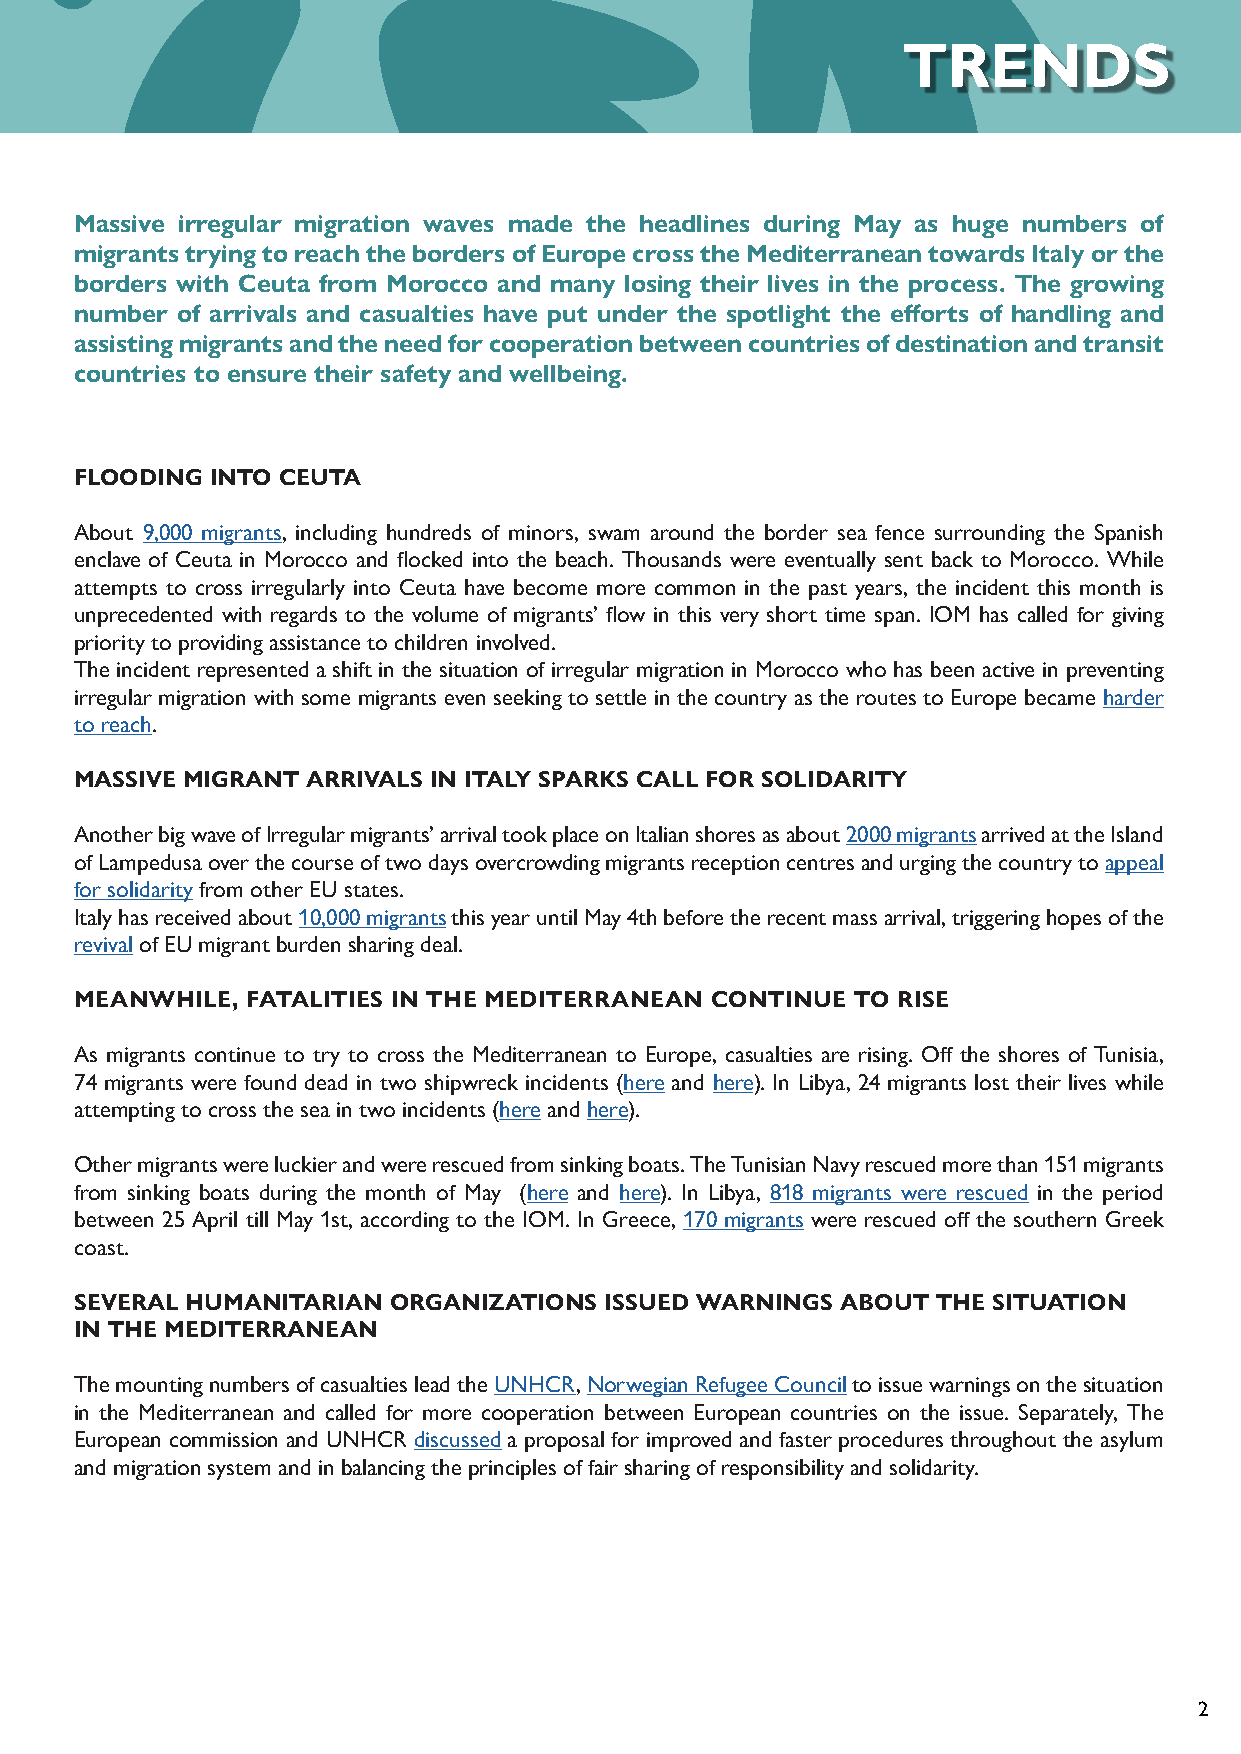
TRENDS
 Massive irregular migration waves made the headlines during May as huge numbers of
 migrants trying to reach the borders of Europe cross the Mediterranean towards Italy or the
 borders with Ceuta from Morocco and many losing their lives in the process. The growing
 number of arrivals and casualties have put under the spotlight the efforts of handling and
 assisting migrants and the need for cooperation between countries of destination and transit
 countries to ensure their safety and wellbeing.
 FLOODING INTO CEUTA
 About 9,000 migrants, including hundreds of minors, swam around the border sea fence surrounding the Spanish
 enclave of Ceuta in Morocco and flocked into the beach. Thousands were eventually sent back to Morocco. While
 attempts to cross irregularly into Ceuta have become more common in the past years, the incident this month is
 unprecedented with regards to the volume of migrants’ flow in this very short time span. IOM has called for giving
 priority to providing assistance to children involved.
 The incident represented a shift in the situation of irregular migration in Morocco who has been active in preventing
 irregular migration with some migrants even seeking to settle in the country as the routes to Europe became harder
 to reach.
 MASSIVE MIGRANT ARRIVALS IN ITALY SPARKS CALL FOR SOLIDARITY
 Another big wave of Irregular migrants’ arrival took place on Italian shores as about 2000 migrants arrived at the Island
 of Lampedusa over the course of two days overcrowding migrants reception centres and urging the country to appeal
 for solidarity from other EU states.
 Italy has received about 10,000 migrants this year until May 4th before the recent mass arrival, triggering hopes of the
 revival of EU migrant burden sharing deal.
 MEANWHILE, FATALITIES IN THE MEDITERRANEAN CONTINUE TO RISE
 As migrants continue to try to cross the Mediterranean to Europe, casualties are rising. Off the shores of Tunisia,
 74 migrants were found dead in two shipwreck incidents (here and here). In Libya, 24 migrants lost their lives while
 attempting to cross the sea in two incidents (here and here).
 Other migrants were luckier and were rescued from sinking boats. The Tunisian Navy rescued more than 151 migrants
 from sinking boats during the month of May (here and here). In Libya, 818 migrants were rescued in the period
 between 25 April till May 1st, according to the IOM. In Greece, 170 migrants were rescued off the southern Greek
 coast.
 SEVERAL HUMANITARIAN ORGANIZATIONS ISSUED WARNINGS ABOUT THE SITUATION
 IN THE MEDITERRANEAN
 The mounting numbers of casualties lead the UNHCR, Norwegian Refugee Council to issue warnings on the situation
 in the Mediterranean and called for more cooperation between European countries on the issue. Separately, The
 European commission and UNHCR discussed a proposal for improved and faster procedures throughout the asylum
 and migration system and in balancing the principles of fair sharing of responsibility and solidarity.
 2